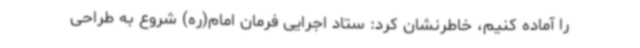
را آماده کنیم، خاطرنشان کرد: ستاد اجرایی فرمان امام(ره) شروع به طراحی